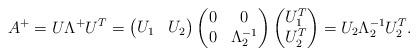
LaTeX: \begin{align*} A^+ = U \Lambda^+ U^T = \begin{pmatrix} U_1 & U_2 \end{pmatrix} \begin{pmatrix} 0 & 0 \\ 0 & \Lambda_2^{-1} \end{pmatrix} \begin{pmatrix} U_1^T \\ U_2^T \end{pmatrix} = U_2 \Lambda_2^{-1} U_2^T. \end{align*}